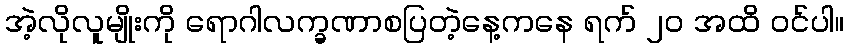
အဲ့လိုလူမျိုးကို ရောဂါလက္ခဏာစပြတဲ့နေ့ကနေ ရက် ၂၀ အထိ ဝင်ပါ။